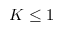
K \leq 1